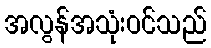
အလွန်အသုံးဝင်သည်